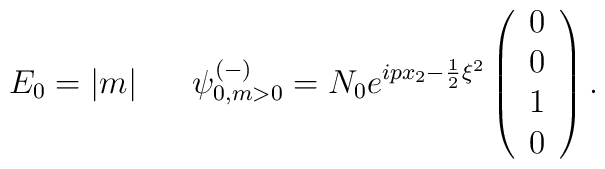
E_0=|m|  \;\;\; \; \; \;{\psi}_{0, m>0}^{(-)}= N_0 e^{ipx_2- \frac {1} {2} \xi^2} \left( \begin{array}{c} 0 \\ 0 \\ 1 \\ 0 \end{array} \right).